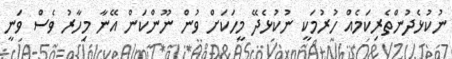
ނުކުޅެދުންތެރިކަމެއް ހުރުމަކީ ނުކުޅެދޭ މީހަކަށް ވުން ނޫންކަން އޭނާ މިހާރު ވެސް ވަނީ